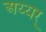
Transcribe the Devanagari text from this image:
अय्यर्